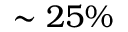
\sim 2 5 \%